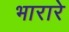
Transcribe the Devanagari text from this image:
भारारे